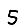
Digit: 5